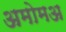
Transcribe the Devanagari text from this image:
अमोमअ